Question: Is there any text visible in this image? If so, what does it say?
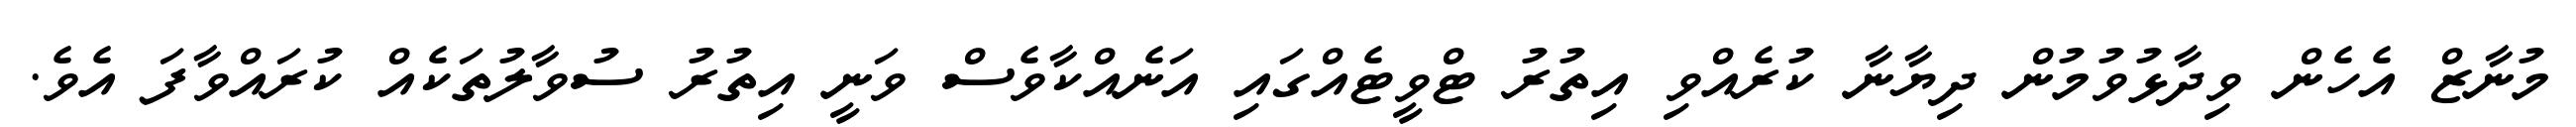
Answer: މުނާޒް އެހެން ވިދާޅުވުމުން ދިޔާނާ ކުރެއްވި އިތުރު ޓްވީޓެއްގައި އަނެއްކާވެސް ވަނީ އިތުރު ސުވާލުތަކެއް ކުރައްވާފަ އެވެ.